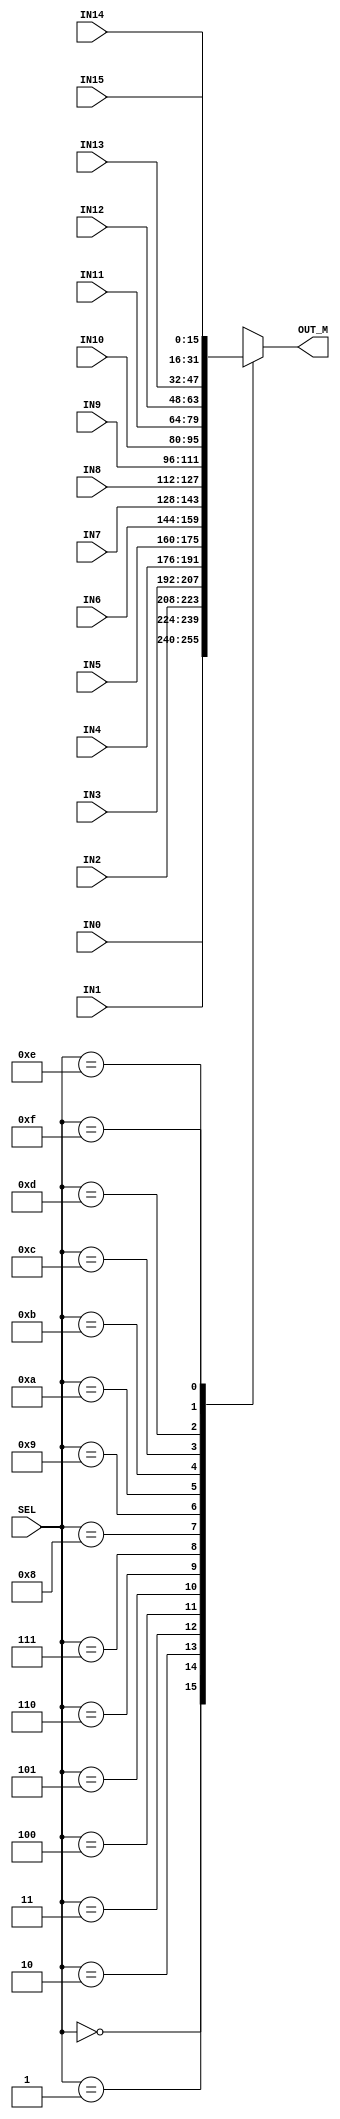
/* MUX from Registers to Read Port */
module reg_mux(IN0,IN1,IN2,IN3,IN4,IN5,IN6,IN7,IN8,IN9,IN10,IN11,IN12,IN13,IN14,IN15,SEL,OUT_M);
  input [3:0] SEL;
  input [15:0] IN0,IN1,IN2,IN3,IN4,IN5,IN6,IN7,IN8,IN9,IN10,IN11,IN12,IN13,IN14,IN15;
  output reg [15:0] OUT_M;
  always @ ( * ) begin
    case (SEL)
      4'h0: OUT_M = IN0;
      4'h1: OUT_M = IN1;
      4'h2: OUT_M = IN2;
      4'h3: OUT_M = IN3;
      4'h4: OUT_M = IN4;
      4'h5: OUT_M = IN5;
      4'h6: OUT_M = IN6;
      4'h7: OUT_M = IN7;
      4'h8: OUT_M = IN8;
      4'h9: OUT_M = IN9;
      4'hA: OUT_M = IN10;
      4'hB: OUT_M = IN11;
      4'hC: OUT_M = IN12;
      4'hD: OUT_M = IN13;
      4'hE: OUT_M = IN14;
      4'hF: OUT_M = IN15;
      default: OUT_M = 16'hx;
    endcase
  end
endmodule // reg_mux